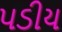
પડીય